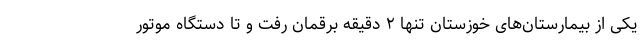
یکی از بیمارستان‌های خوزستان تنها ۲ دقیقه برقمان رفت و تا دستگاه موتور